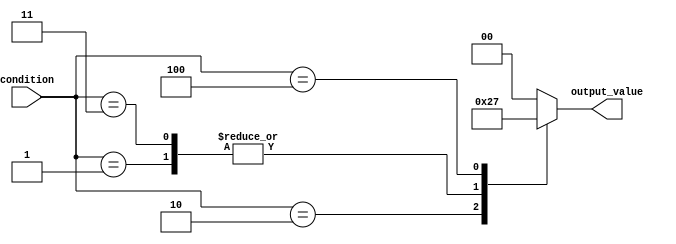
module generate_case_block(
    input [2:0] condition,
    output reg [1:0] output_value
);

always @*
begin
    case(condition)
        3'b000: output_value = 2'b00;
        3'b001: output_value = 2'b01;
        3'b010: output_value = 2'b10;
        3'b011: output_value = 2'b01;
        3'b100: output_value = 2'b11;
        default: output_value = 2'b00;
    endcase
end

endmodule